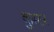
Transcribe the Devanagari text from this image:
कुस्टर